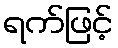
ရက်ဖြင့်